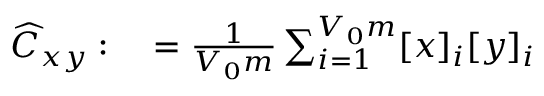
\begin{array} { r l } { \widehat { C } _ { x y } : } & { { } = \frac { 1 } { V _ { 0 } m } \sum _ { i = 1 } ^ { V _ { 0 } m } [ x ] _ { i } [ y ] _ { i } } \end{array}